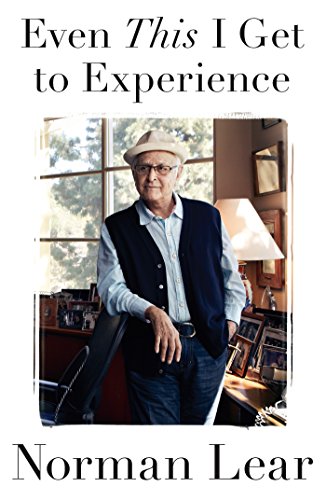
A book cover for Even This I Get to Experience; Norman Lear; Humor & Entertainment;